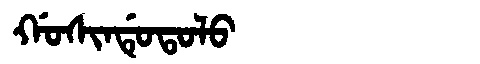
Manchu: ᡤᠣᠰᡳᠨᡩᡠᡨᠣᠯᠣ
Romanization: GOSINDUTOLO